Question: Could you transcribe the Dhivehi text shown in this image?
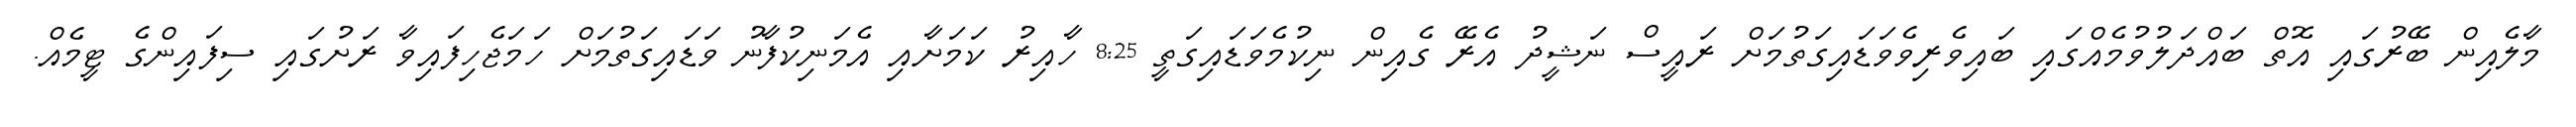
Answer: މާލެއިން ބޭރުގައި އޮތް ބައްދަލުވުމެއްގައި ބައިވެރިވެވަޑައިގަތުމަށް ރައީސް ނަޝީދު އެރޭ ގެއިން ނިކުމެވަޑައިގަތީ 8:25 ހާއިރު ކަމަށާއި އެމަނިކުފާނު ވަޑައިގަތުމަށް ހަމަޖެހިފައިވާ ރަށުގައި ސިފައިންގެ ޓީމެއް.